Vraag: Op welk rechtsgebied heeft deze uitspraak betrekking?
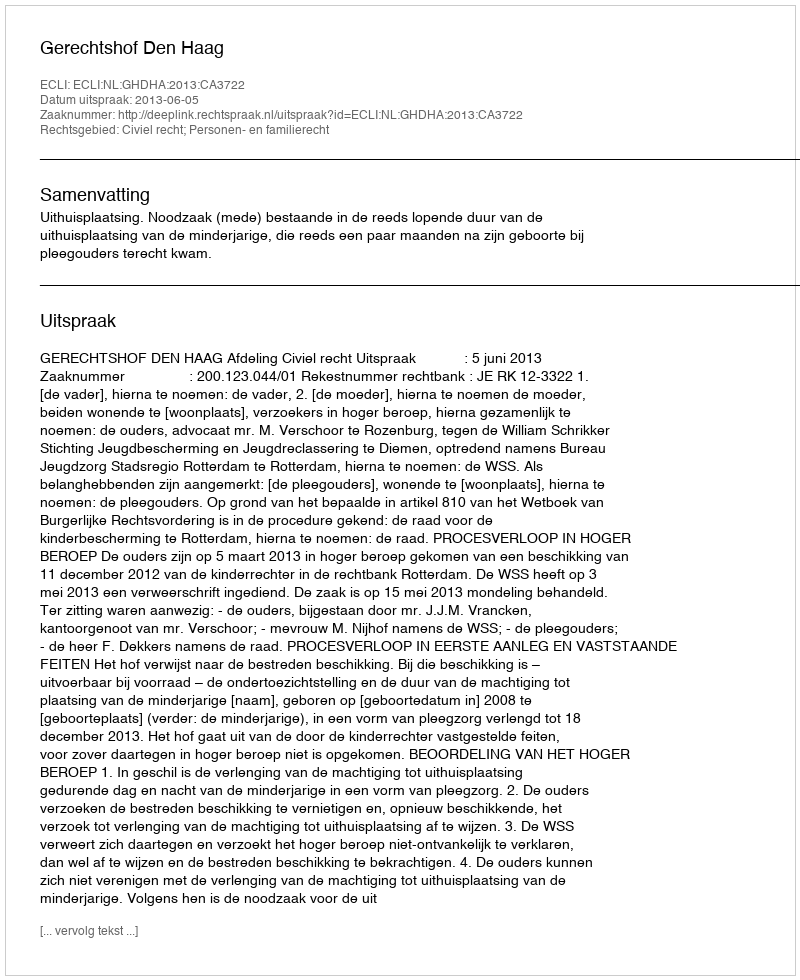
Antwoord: Civiel recht; Personen- en familierecht